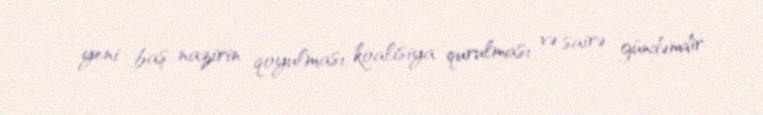
yeni baş nazirin qoyulması, koalisiya qurulması və sairə gündəmdir.